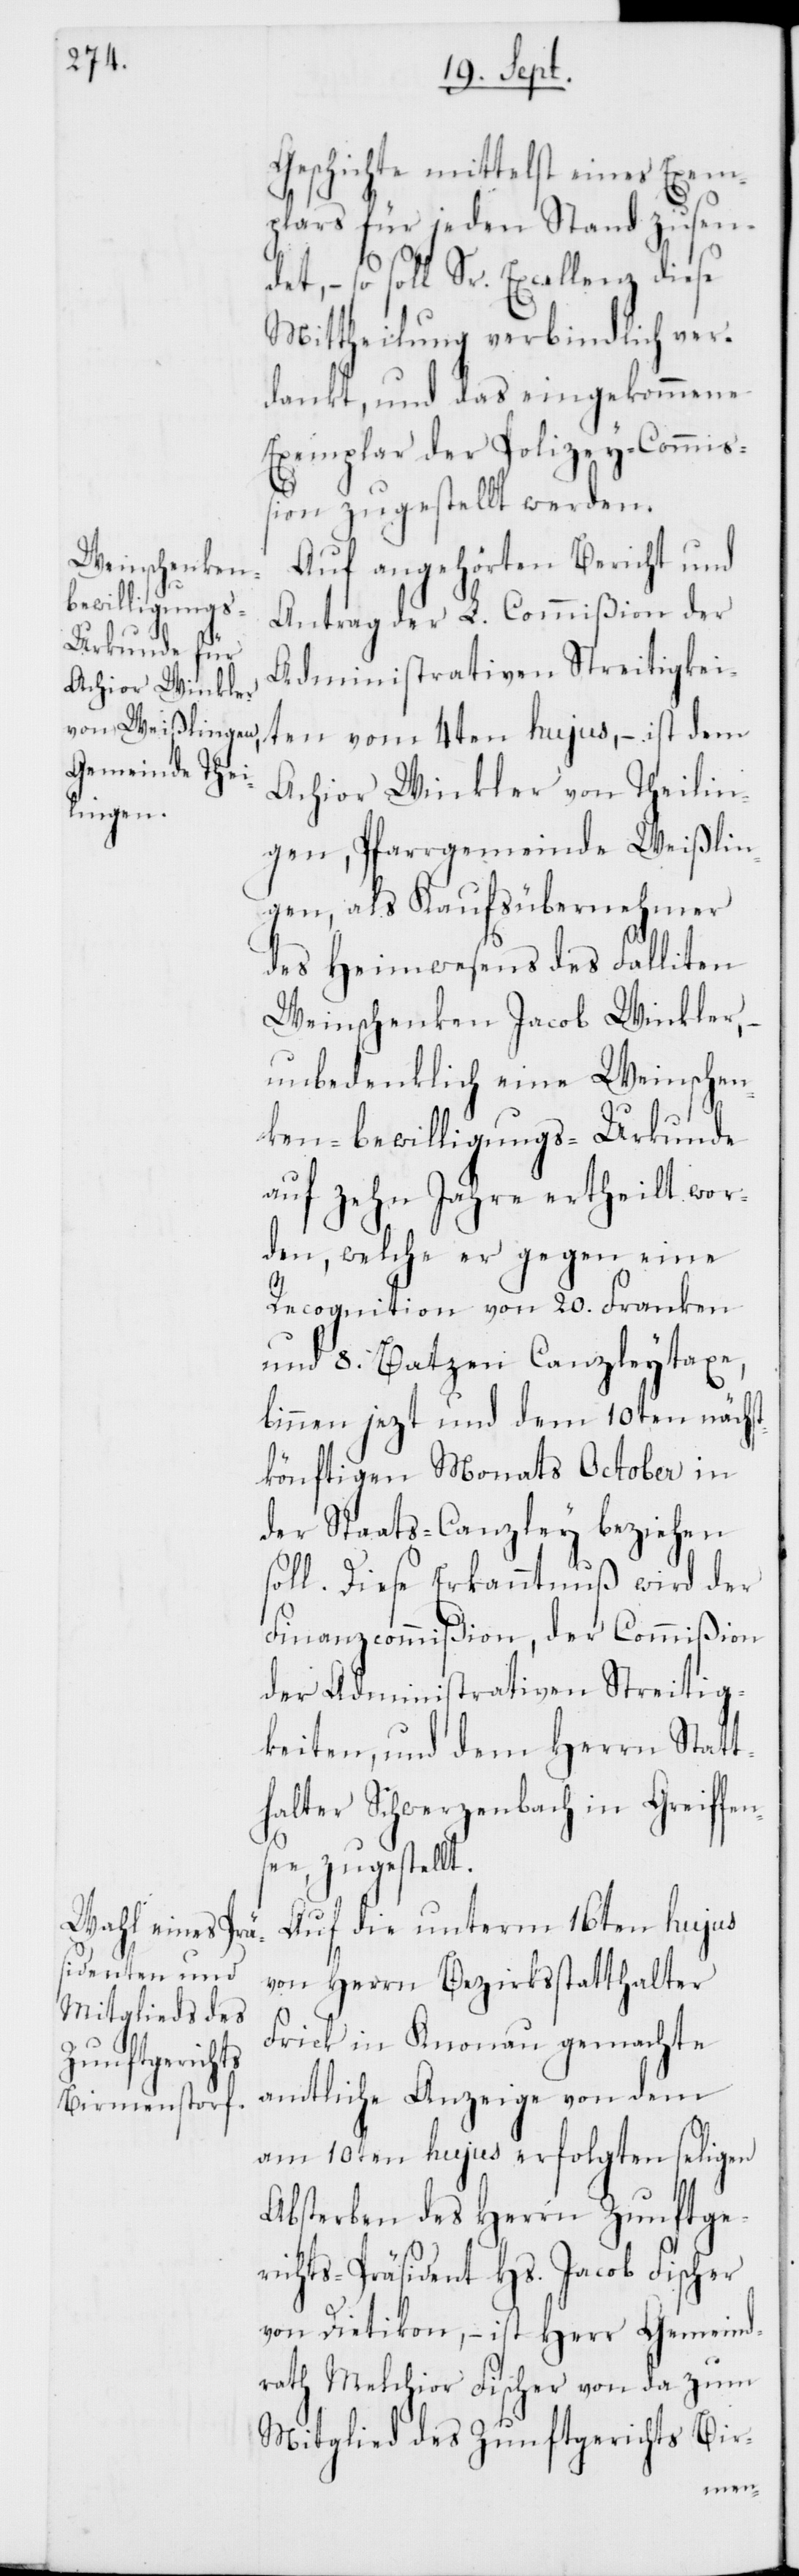
Geschichte mittelst eines Exem¬
plars für jeden Stand zusende¬
t, – so soll Sr. Excellenz diese
Mittheilung verbindlich ver¬
dankt, und das eingekommene
Exemplar der Polizey-Commiß¬
ion zugestellt werden.
Auf angehörten Bericht und
Antrag der L. Commißion der
Administrativen Streitigkei¬
ten vom 4ten hujus, – ist dem
Achior Winkler von Theilin¬
gen, Pfarrgemeinde Weißlin¬
gen, als Kaufsübernehmer
des Heimwesens des Falliten
Weinschenken Jacob Winkler,
unbedenklich eine Weinschen¬
ken-bewilligungs-Urkunde
auf zehn Jahre ertheilt wor¬
den, welche er gegen eine
Recognition von 20. Franken
und 8. Batzen Canzleytaxe,
binnen jezt und dem 10ten nächst¬
könftigen Monats October in
der Staats-Canzley beziehen
soll. Diese Erkanntnuß wird der
Finanzcommißion, der Commißion
der Administrativen Streitig¬
keiten, und dem Herrn Statt¬
halter Schwerzenbach in Greifens¬
ee, zugestellt.
Auf die unterm 16ten hujus
von Herrn Bezirksstatthalter
Frick in Knonau gemachte
amtliche Anzeige von dem
am 10ten hujus erfolgten seligen
Absterben des Herrn Zunftge¬
richts-Präsident Hs. Jacob Fischer
von Dietikon, – ist Herr Gemeind¬
rath Melchior Fischer von da zum
Mitglied des Zunftgerichts Bir-